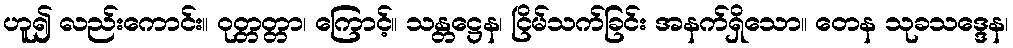
ဟူ၍ လည်းကောင်း။ ဝုတ္တတ္တာ၊ ကြောင့်။ သန္တဋ္ဌေန၊ ငြိမ်သက်ခြင်း အနက်ရှိသော။ တေန သုခသဒ္ဒေန၊